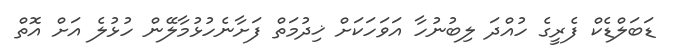
ޑަބަލްޑެކް ފެރީގެ ހުއްދަ ލިބުނުހާ އަވަހަކަށް ޚިދުމަތް ފަށާނެހުޅުމާލޭން ހުޅުލެ އަށް އޮތް